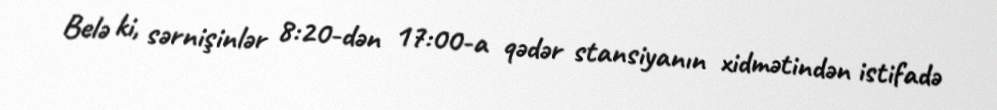
Belə ki, sərnişinlər 8:20-dən 17:00-a qədər stansiyanın xidmətindən istifadə